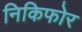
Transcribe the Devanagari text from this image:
निकिफोर